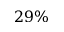
2 9 \%